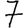
Digit: 7